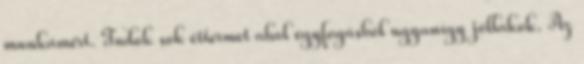
munkámért. Tudok sok éttermet ahol egyfogásból ugyanígy jóllakok. Az